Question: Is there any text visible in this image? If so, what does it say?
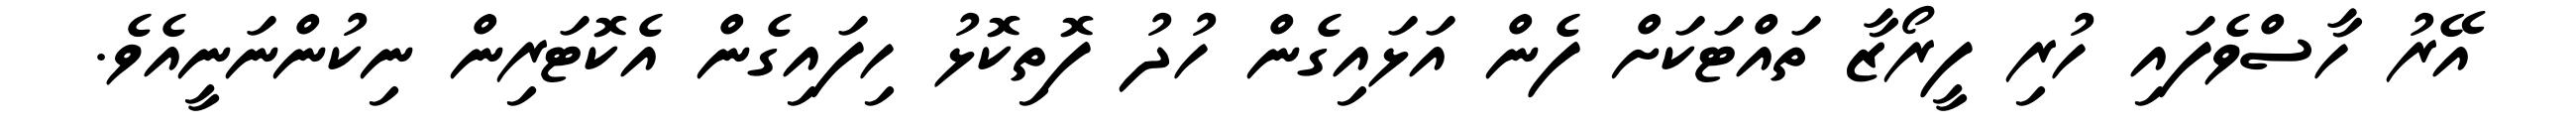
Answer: އޭރު ހާސްވެފައި ހުރި ފީރޯޒާ ތައްޓަކަށް ފެން އަޅައިގެން ހުދު ފޮތިކޮޅު ހިފައިގެން އެކޮޓަރިން ނިކުންނަނީއެވެ.